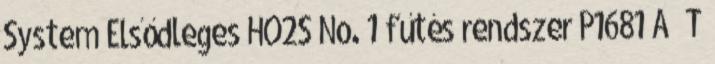
System Elsődleges HO2S No. 1 fűtés rendszer P1681 A T